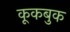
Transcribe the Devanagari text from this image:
कूकबुक